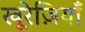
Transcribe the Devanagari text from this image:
खू़रेज़ियाँ